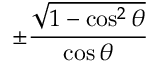
\pm { \frac { \sqrt { 1 - \cos ^ { 2 } \theta } } { \cos \theta } }